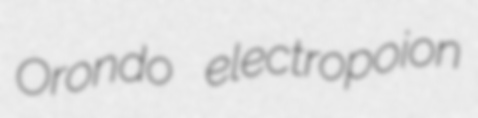
Orondo electropoion